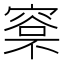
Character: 𣘏